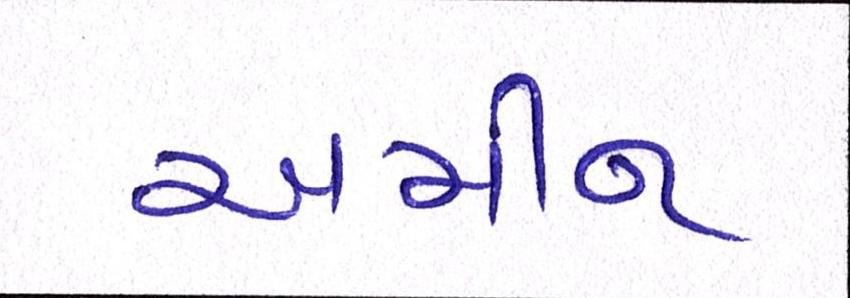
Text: અમીન